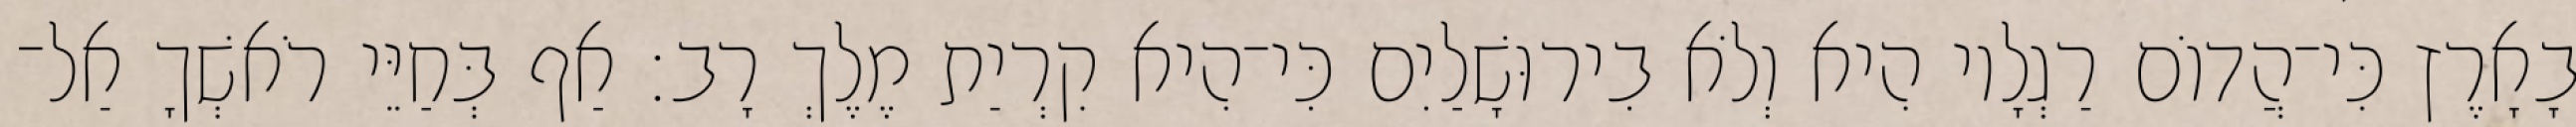
בָאָרֶץ כִּי־הֲדוֹם רַגְלָיו הִיא וְלֹא בִירוּשָׁלַיִם כִּי־הִיא קִרְיַת מֶלֶךְ רָב׃ אַף בְּחַיֵּי רֹאשְׁךָ אַל־